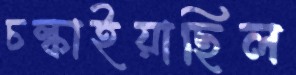
চল্‌কাইয়াছিল